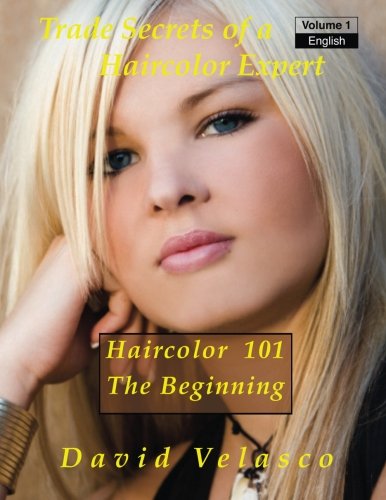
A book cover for Haircolor 101 - The Beginning (Trade Secrets of a Haircolor Expert) (Volume 1); David Velasco; Education & Teaching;